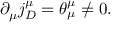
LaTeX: \partial _ { \mu } j _ { D } ^ { \mu } = \theta _ { \mu } ^ { \mu } \neq 0 .